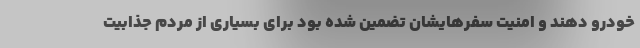
خودرو دهند و امنیت سفرهایشان تضمین شده بود برای بسیاری از مردم جذابیت